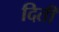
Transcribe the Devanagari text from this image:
दिती